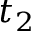
t _ { 2 }